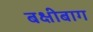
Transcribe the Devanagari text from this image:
बक्षीबाग